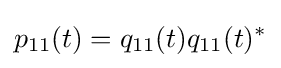
p_{11}(t)=q_{11}(t)q_{11}(t)^{*}